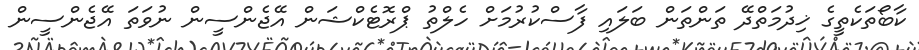
ކާބޯތަކެތީގެ ޚިދުމަތްދޭ ތަންތަން ބަލައި ފާސްކުރުމަށް ހެލްތު ޕްރޮޓެކްޝަން އޭޖެންސީން ނުވަތަ އޭޖެންސީން